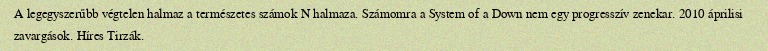
A legegyszerűbb végtelen halmaz a természetes számok N halmaza. Számomra a System of a Down nem egy progresszív zenekar. 2010 áprilisi zavargások. Híres Tirzák.